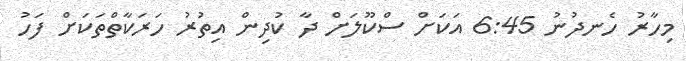
މިހާރު ހެނދުނު 6:45 އަކަށް ސްކޫލަށް ދާ ކުދިން އިތުރު ހަރަކާތްތަކަށް ފަހު